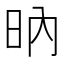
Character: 𣅚